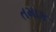
તમાક